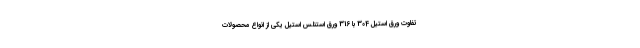
تفاوت ورق استیل 304 با 316 ورق استنلس استیل یکی از انواع محصولات